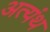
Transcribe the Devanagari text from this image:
अत्यंथ